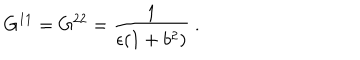
G ^ { 1 1 } = G ^ { 2 2 } = \frac { 1 } { \epsilon ( 1 + b ^ { 2 } ) } ~ .